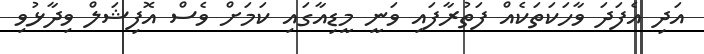
އަދި އެފަދަ ވާހަކަތަކެއް ފަތުރާފައި ވަނީ މީޑިއާގައި ކަމަށް ވެސް އޮފިޝަލް ވިދާޅުވި